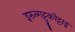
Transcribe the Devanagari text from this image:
इरुन्गट्टुकोट्टाइ